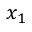
x _ { 1 }